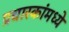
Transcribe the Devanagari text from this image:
प्रचारकांमध्ये